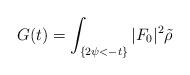
LaTeX: \begin{align*}G(t)=\int_{\{2\psi<-t\}}|F_0|^2\tilde\rho\end{align*}